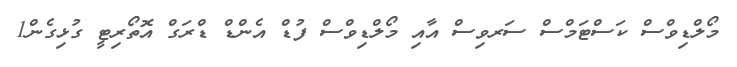
މޯލްޑިވްސް ކަސްޓަމްސް ސަރވިސް އާއި މޯލްޑިވްސް ފުޑް އެންޑް ޑްރަގް އޮތޯރިޓީ ގުޅިގެން1